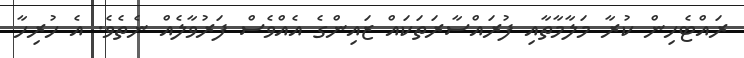
ރައްޓެހިން ކުރާ މަލާމާތާއި ފުރައްސާރަތަކައް ޒައިންގެ އެއްވެސް ފަރުވާލެއް ނެތެވެ. އެ ހުރިހާ